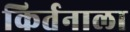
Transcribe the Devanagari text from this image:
किर्तनाला